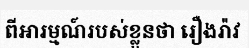
ពីអារម្មណ៍របស់ខ្លួនថា រឿងរ៉ាវ